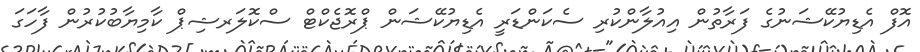
އޮފް އެޑިޔުކޭޝަނުގެ ފަރާތުން އިއުލާންކުރި ސެކަންޑަރީ އެޑިޔުކޭޝަން ޕްރޮޖެކްޓް ސްކޮލަރޝިޕް ކާމިޔާބުކުރުން ފާހަގަ